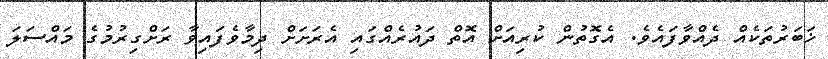
ޚަބަރުތަކެއް ދެއްވާފައެވެ. އެގޮތުން ކުރިއަށް އޮތް ދައުރެއްގައި އެރަށަށް ދިމާވެފައިވާ ރަށްގިރުމުގެ މައްސަލަ